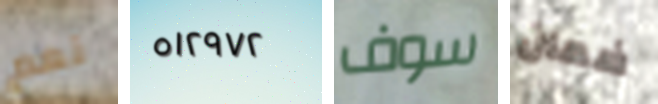
نعم ٥١٢٩٧٢ سوف ضمان